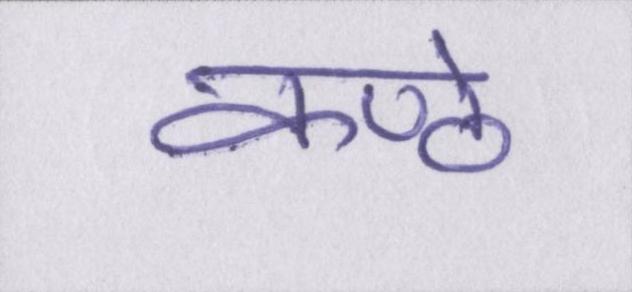
कण्ठे